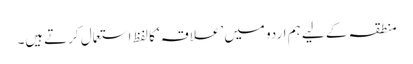
منطقہ کے لیے ہم اردو میں ’علاقہ‘ کا لفظ استعمال کرتےہیں۔